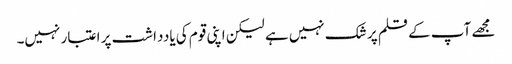
مجھے آپ کے قلم پر شک نہیں ہے لیکن اپنی قوم کی یادداشت پر اعتبار نہیں۔